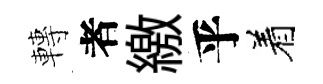
轉者繳乎着